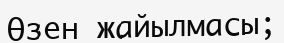
Өзен жайылмасы;